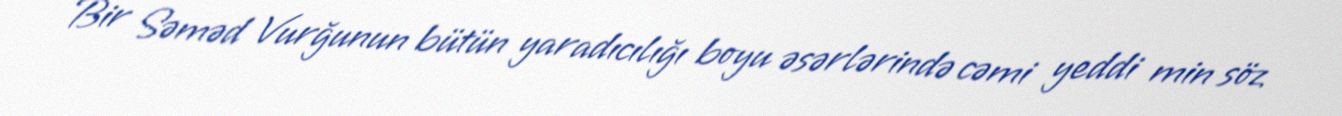
Bir Səməd Vurğunun bütün yaradıcılığı boyu əsərlərində cəmi yeddi min söz